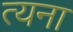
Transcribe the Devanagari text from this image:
त्यना